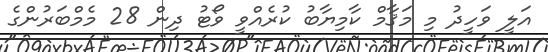
އަލީ ވަހީދު މި މަޤާމް ކާމިޔާބު ކުރެއްވީ ވޯޓު ދިން 28 މެމްބަރުންގެ